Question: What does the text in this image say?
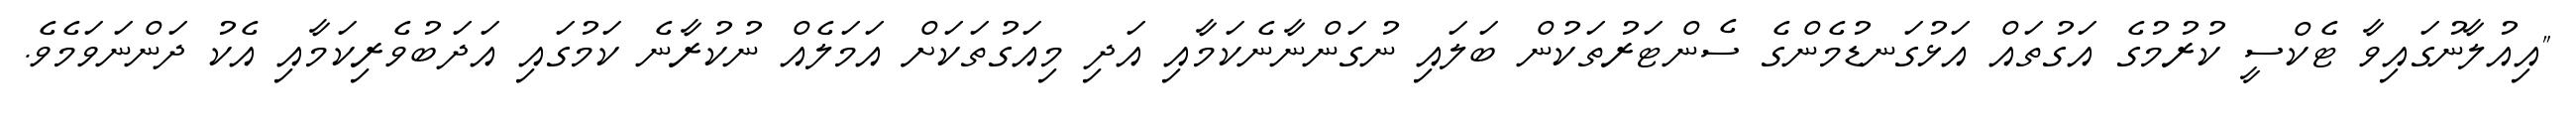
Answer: "އިއުލާނުގައިވާ ޓެކްސީ ކުރުމުގެ އަގުތައް އަޅުގަނޑުމެންގެ ސެންޓަރުތަކުން ބަލައި ނުގަންނާނެކަމާއި އަދި މިއަގުތަކަށް އަމަލެއް ނުކުރާނެ ކަމުގައި އަދަބުވެރިކަމާއި އެކު ދަންނަވަމެވެ.